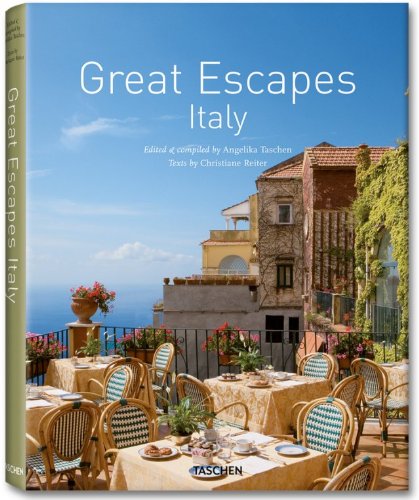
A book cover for Great Escapes Italy; Christiane Reiter; Arts & Photography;